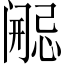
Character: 𫔷